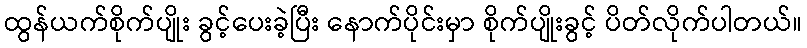
ထွန်ယက်စိုက်ပျိုး ခွင့်ပေးခဲ့ပြီး နောက်ပိုင်းမှာ စိုက်ပျိုးခွင့် ပိတ်လိုက်ပါတယ်။